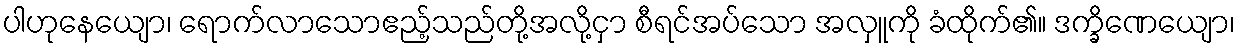
ပါဟုနေယျော၊ ရောက်လာသောဧည့်သည်တို့အလို့ငှာ စီရင်အပ်သော အလှူကို ခံထိုက်၏။ ဒက္ခိဏေယျော၊